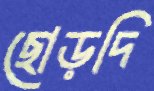
ছোড়দি